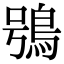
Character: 鴞